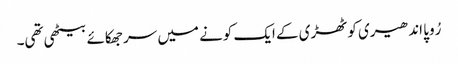
رُوپا اندھیری کوٹھڑی کے ایک کونے میں سر جھکائے بیٹھی تھی۔